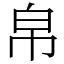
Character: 帛